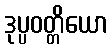
ဒုပ္ပဝတ္တိယော